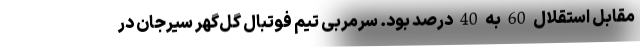
مقابل استقلال 60 به 40 درصد بود. سرمربی تیم فوتبال گل‌گهر سیرجان در